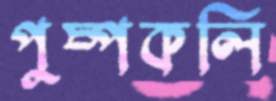
পুষ্পকলি